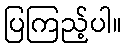
ပြကြည့်ပါ။